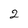
Character: 2